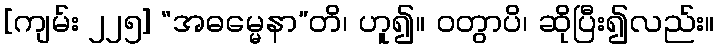
[ကျမ်း ၂၂၅] “အဓမ္မေနာ”တိ၊ ဟူ၍။ ဝတွာပိ၊ ဆိုပြီး၍လည်း။